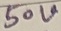
Text: 50V